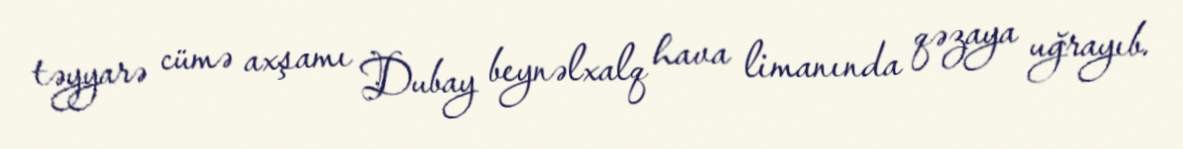
təyyarə cümə axşamı Dubay beynəlxalq hava limanında qəzaya uğrayıb.